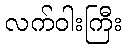
လက်ဝါးကြီး